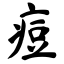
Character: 痘